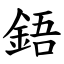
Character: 鋙